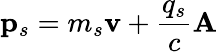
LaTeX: \mathbf{p}_{s}=m_{s}\mathbf{v}+\frac{q_{s}}{c}\mathbf{A}